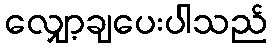
လျှော့ချပေးပါသည်